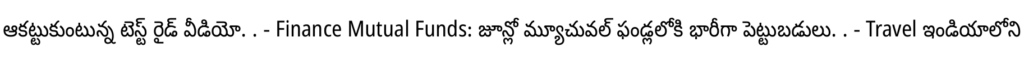
ఆకట్టుకుంటున్న టెస్ట్ రైడ్ వీడియో. . - Finance Mutual Funds: జూన్లో మ్యూచువల్ ఫండ్లలోకి భారీగా పెట్టుబడులు. . - Travel ఇండియాలోని